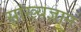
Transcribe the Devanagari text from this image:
सांख्यज्ञान